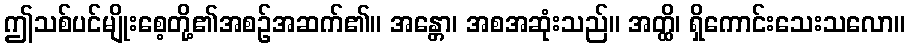
ဤသစ်ပင်မျိုးစေ့တို့၏အစဉ်အဆက်၏။ အန္တော၊ အစအဆုံးသည်။ အတ္ထိ၊ ရှိကောင်းသေးသလော။